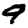
Digit: 9